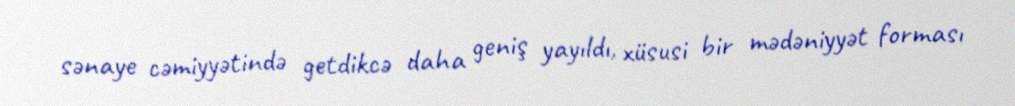
sənaye cəmiyyətində getdikcə daha geniş yayıldı, xüsusi bir mədəniyyət forması